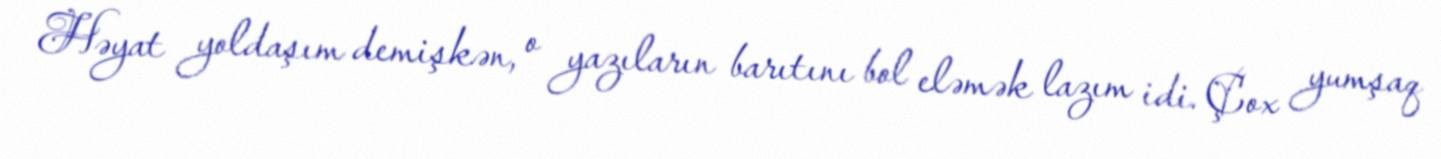
Həyat yoldaşım demişkən, o yazıların barıtını bol eləmək lazım idi. Çox yumşaq